Riigikantselei, lk 188
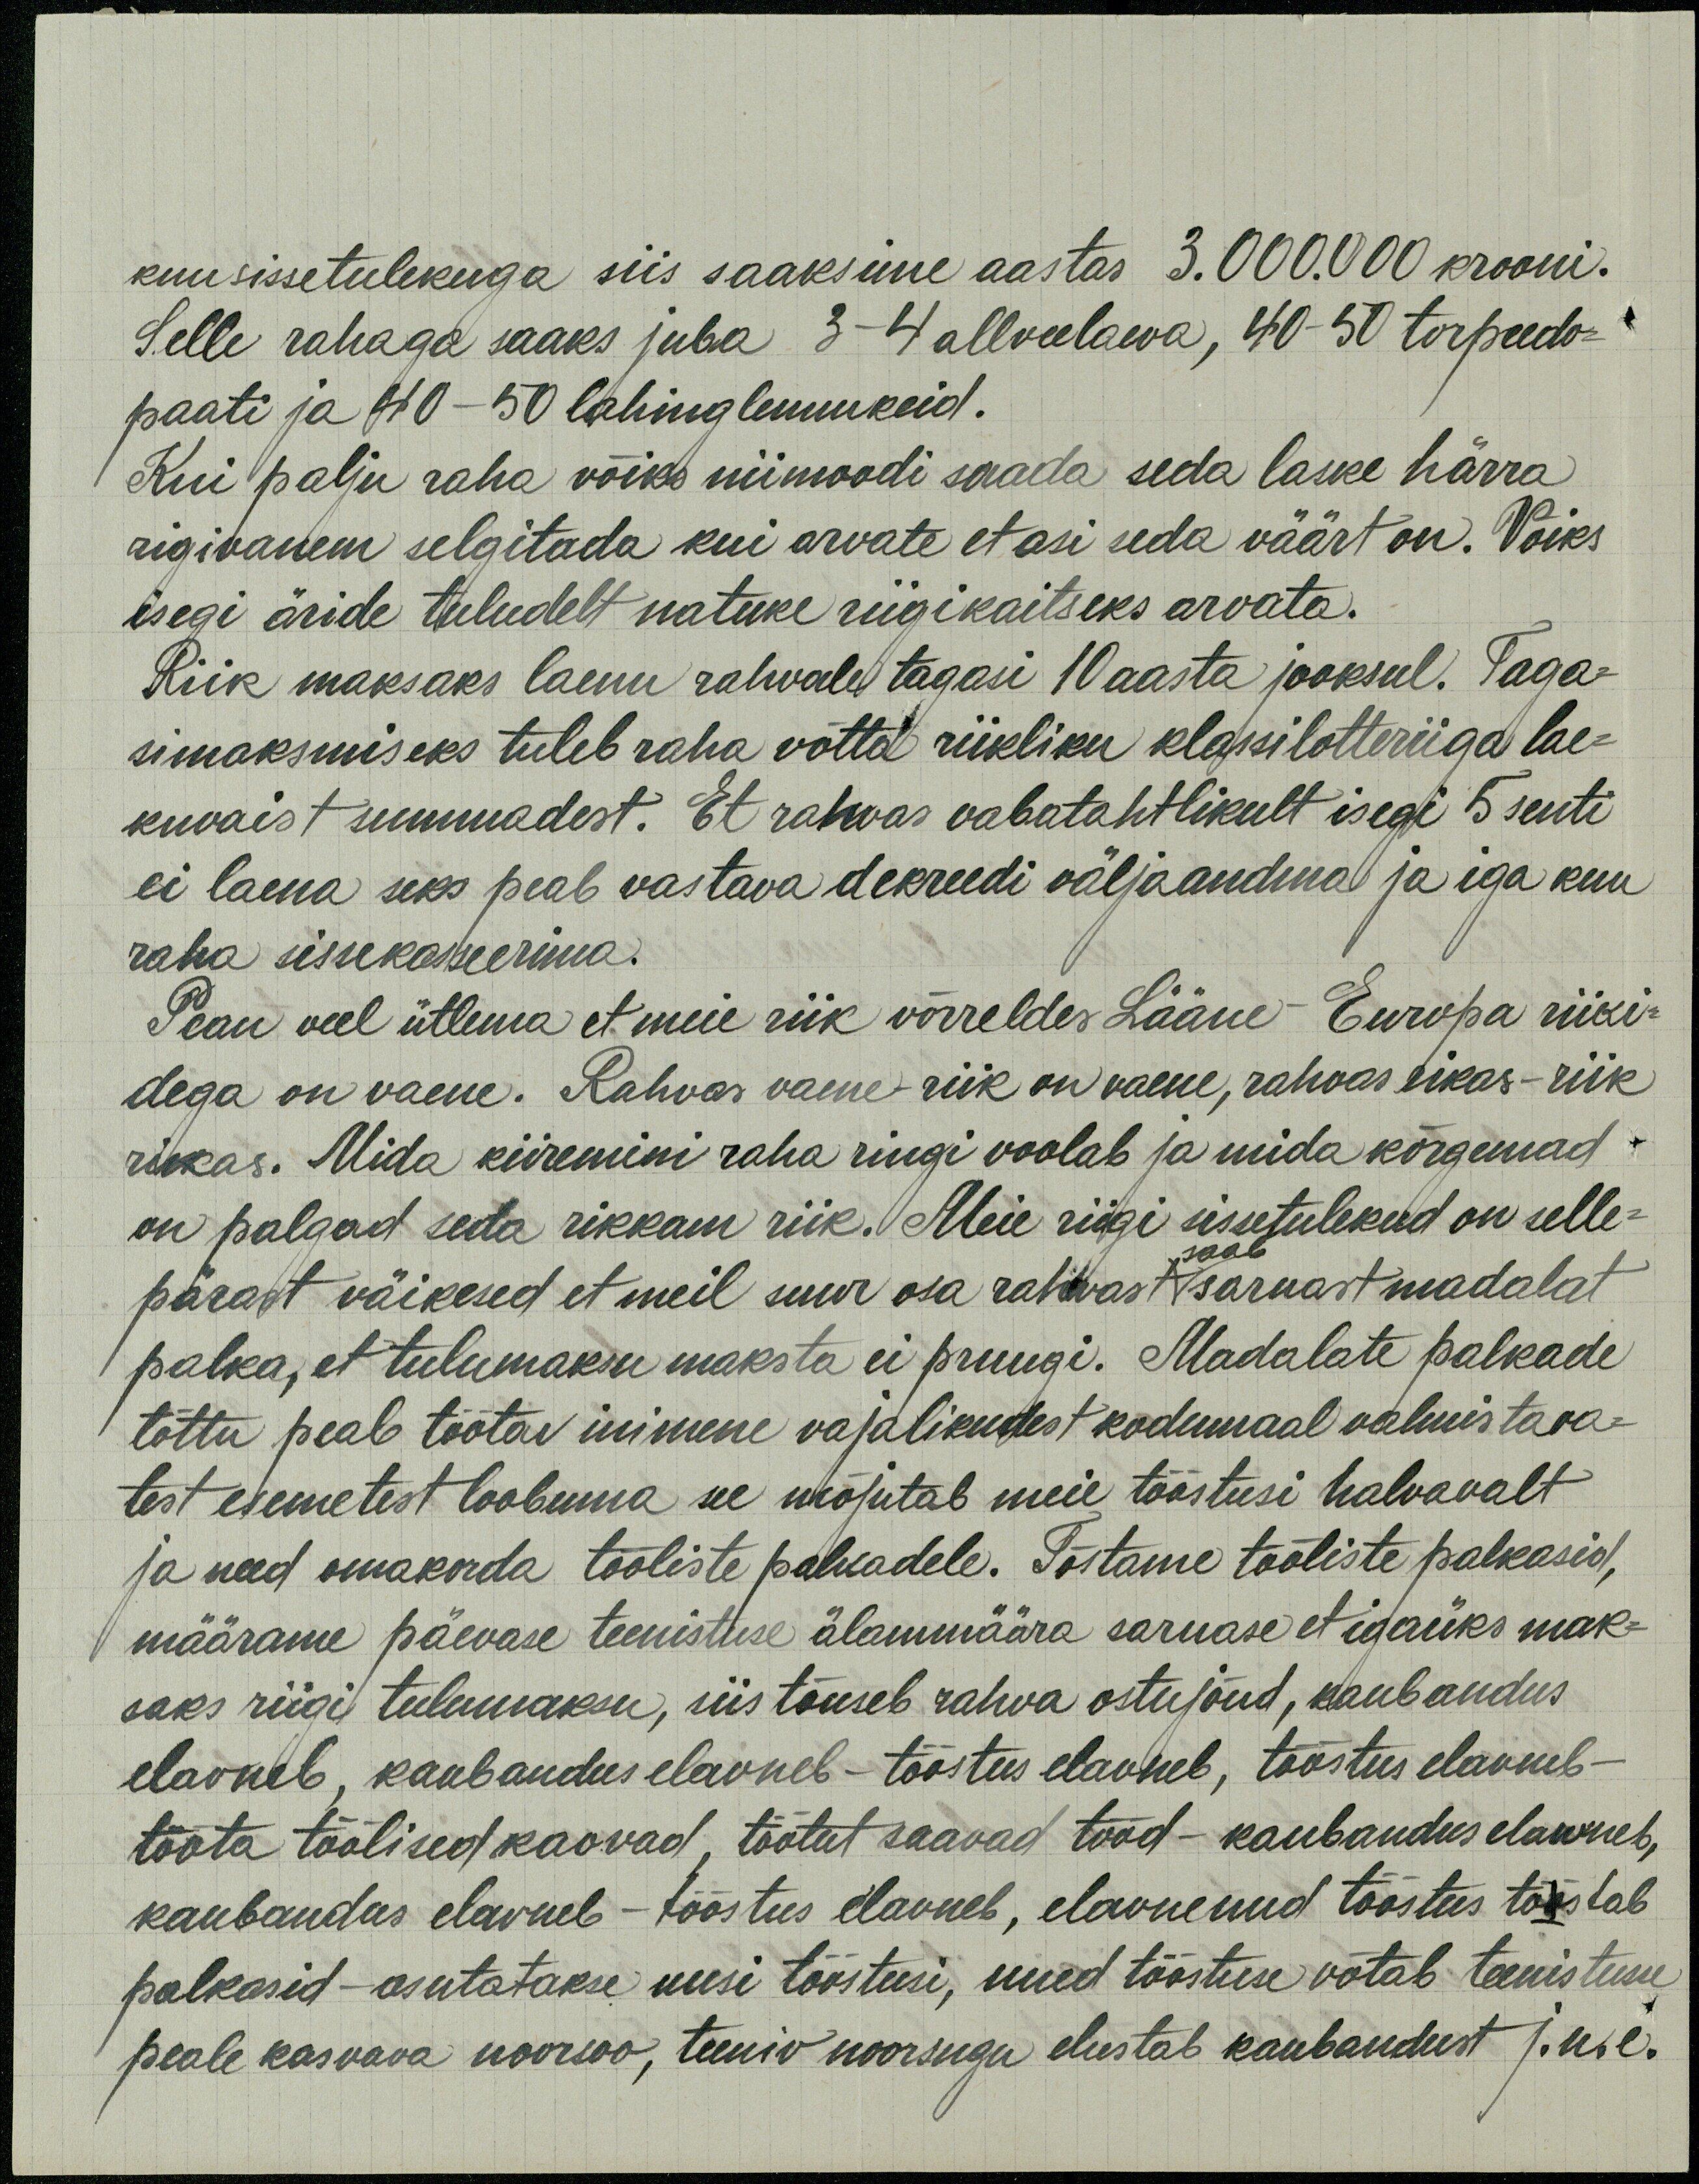
kuusissetulekuga siis saaksime aastas 3.000.000 krooni.
Selle rahaga saaks juba 3 - 4 allveelaeva, 40 - 50 torpeedo-
paati ja 40 - 50 lahinglennukeid.
Kui palju raha võiks niimoodi saada seda laske härra
rigivanem selgitada kui arvate et asi seda väärt on. Võiks
isegi äride tuludelt natuke riigikaitseks arvata.
Riik maksaks laenu rahvale tagasi 10 aasta jooksul. Taga-
simaksmiseks tuleb raha võtta riikliku klassilotteriiga lae-
kuvaist summadest. Et rahvas vabatahtlikult isegi 5 senti
ei laena seks peab vastava dekreedi väljaandma ja iga kuu
raha sissekasseerima.
Pean veel ütlema et meie riik võrreldes Lääne-Europa riiki
dega on vaene. Rahvas vaene - riik on vaene, rahvas rikas - riik
rikas. Mida kiiremini raha ringi voolab ja mida kõrgemad
on palgad seda rikkam riik. Meie riigi sissetulekud on selle-
pärast väikesed et meil suur osa rahvast saab sarnast madalat
palka, et tulumaksu maksta ei pruugi. Madalate palkade
tõttu peab töötav inimene vajalikudest kodumaal valmistava-
test esemetest loobuma see mõjutab meie tööstusi halvavalt
ja need omakorda tööliste palkadele. Tõstame tööliste palkasid,
määrame päevase teenistuse älammäära sarnase et igaüks mak-
saks riigi tulumaksu, siis tõuseb rahva ostujõud, kaubandus
elavneb, kaubandus elavneb - tööstus elavneb, tööstus elavneb -
tööta töölised kaovad, töötut saavad tööd - kaubandus elavneb,
kaubandas elavneb - tööstus elavneb, elavnenud tõõstus tõstab
palkasid - asutatakse uusi tööstusi, uued tööstuse võtab teenistusse
peale kasvava noorsoo, teeniv noorsugu elustab kaubandust j.n.e.